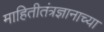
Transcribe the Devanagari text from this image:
माहितीतंत्रज्ञानाच्या